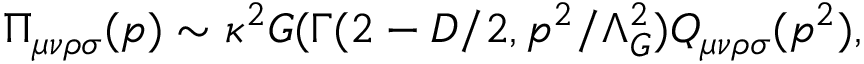
\Pi _ { \mu \nu \rho \sigma } ( p ) \sim \kappa ^ { 2 } { \cal G } ( \Gamma ( 2 - D / 2 , p ^ { 2 } / \Lambda _ { G } ^ { 2 } ) Q _ { \mu \nu \rho \sigma } ( p ^ { 2 } ) ,